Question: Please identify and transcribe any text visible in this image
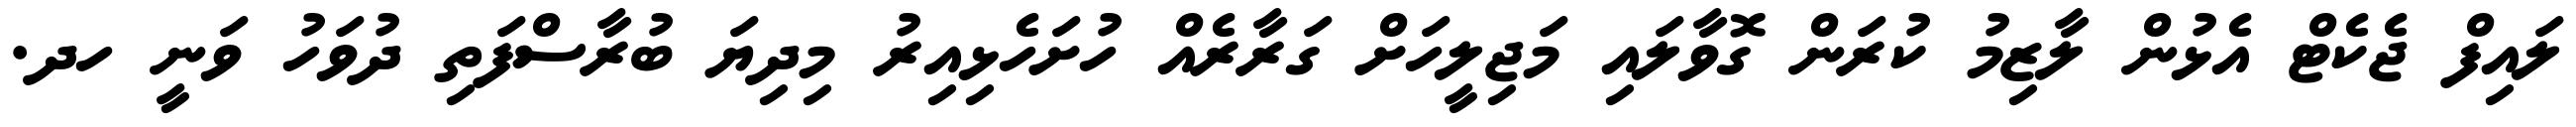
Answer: ލައިފް ޖެކެޓް އެޅުން ލާޒިމު ކުރަން ގޮވާލައި މަޖިލީހަށް ގަރާރެއް ހުށަހެޅިއިރު މިދިޔަ ބުރާސްފަތި ދުވަހު ވަނީ ހދ.